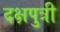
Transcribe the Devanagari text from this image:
दक्षपुत्री